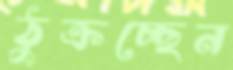
ঠুক্‌রচ্ছেন